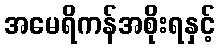
အမေရိကန်အစိုးရနှင့်